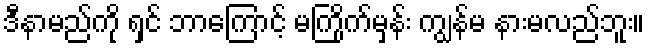
ဒီနာမည်ကို ရှင် ဘာကြောင့် မကြိုက်မှန်း ကျွန်မ နားမလည်ဘူး။